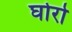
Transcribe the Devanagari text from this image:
घोरो